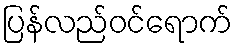
ပြန်လည်ဝင်ရောက်